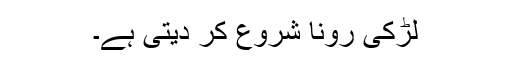
لڑکی رونا شروع کر دیتی ہے۔